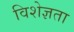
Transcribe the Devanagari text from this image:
विशेज्ञता